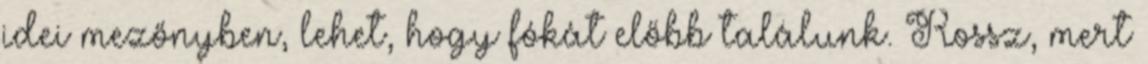
idei mezőnyben, lehet, hogy fókát előbb találunk. Rossz, mert